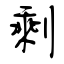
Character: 剩